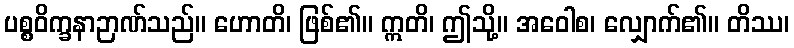
ပစ္စဝိက္ခနာဉာဏ်သည်။ ဟောတိ၊ ဖြစ်၏။ ဣတိ၊ ဤသို့။ အဝေါစ၊ လျှောက်၏။ တိဿ၊